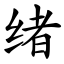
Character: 绪